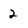
Character: 2